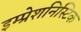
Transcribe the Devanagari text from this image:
इम्प्रेशनिस्टिक